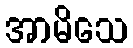
အာမိသေ